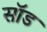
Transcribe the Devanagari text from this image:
सॉड